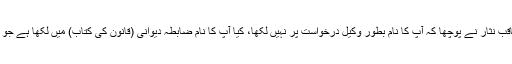
چیف جسٹس ثاقب نثار نے پوچھا کہ آپ کا نام بطور وکیل درخواست پر نہیں لکھا، کیا آپ کا نام ضابطہ دیوانی (قانون کی کتاب) میں لکھا ہے جو ہمیں پتہ ہوگا؟